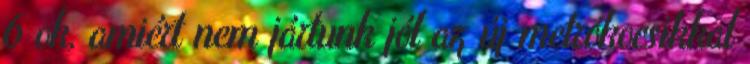
6 ok, amiért nem jártunk jól az új metrókocsikkal